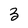
Character: 3